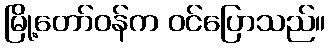
မြို့တော်ဝန်က ဝင်ပြောသည်။